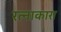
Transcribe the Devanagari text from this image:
रत्नाकारा